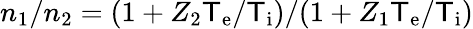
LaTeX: n_{1}/n_{2}=(1+Z_{2}\mathsf{T}_{\mathrm{{e}}}/\mathsf{T}_{\mathrm{{i}}})/(1+Z_{1}\mathsf{T}_{\mathrm{{e}}}/\mathsf{T}_{\mathrm{{i}}})